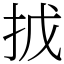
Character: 㧔